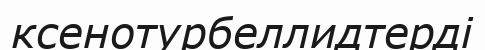
ксенотурбеллидтерді